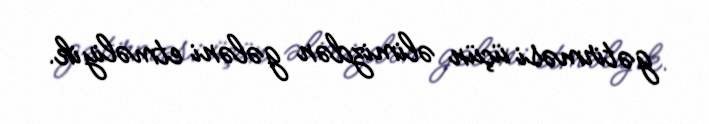
gətirməsi üçün əlimizdən gələni etməliyik.